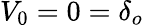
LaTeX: V_{0}=0=\delta_{o}